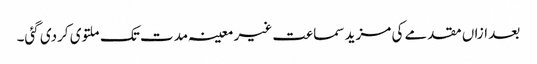
بعد ازاں مقدمے کی مزید سماعت غیر معینہ مدت تک ملتوی کردی گئی۔